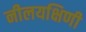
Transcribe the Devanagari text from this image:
नीलयक्षिणी